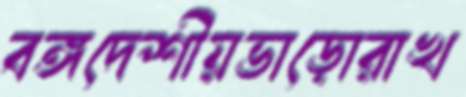
বঙ্গদেশীয়ভাড়োরাখ